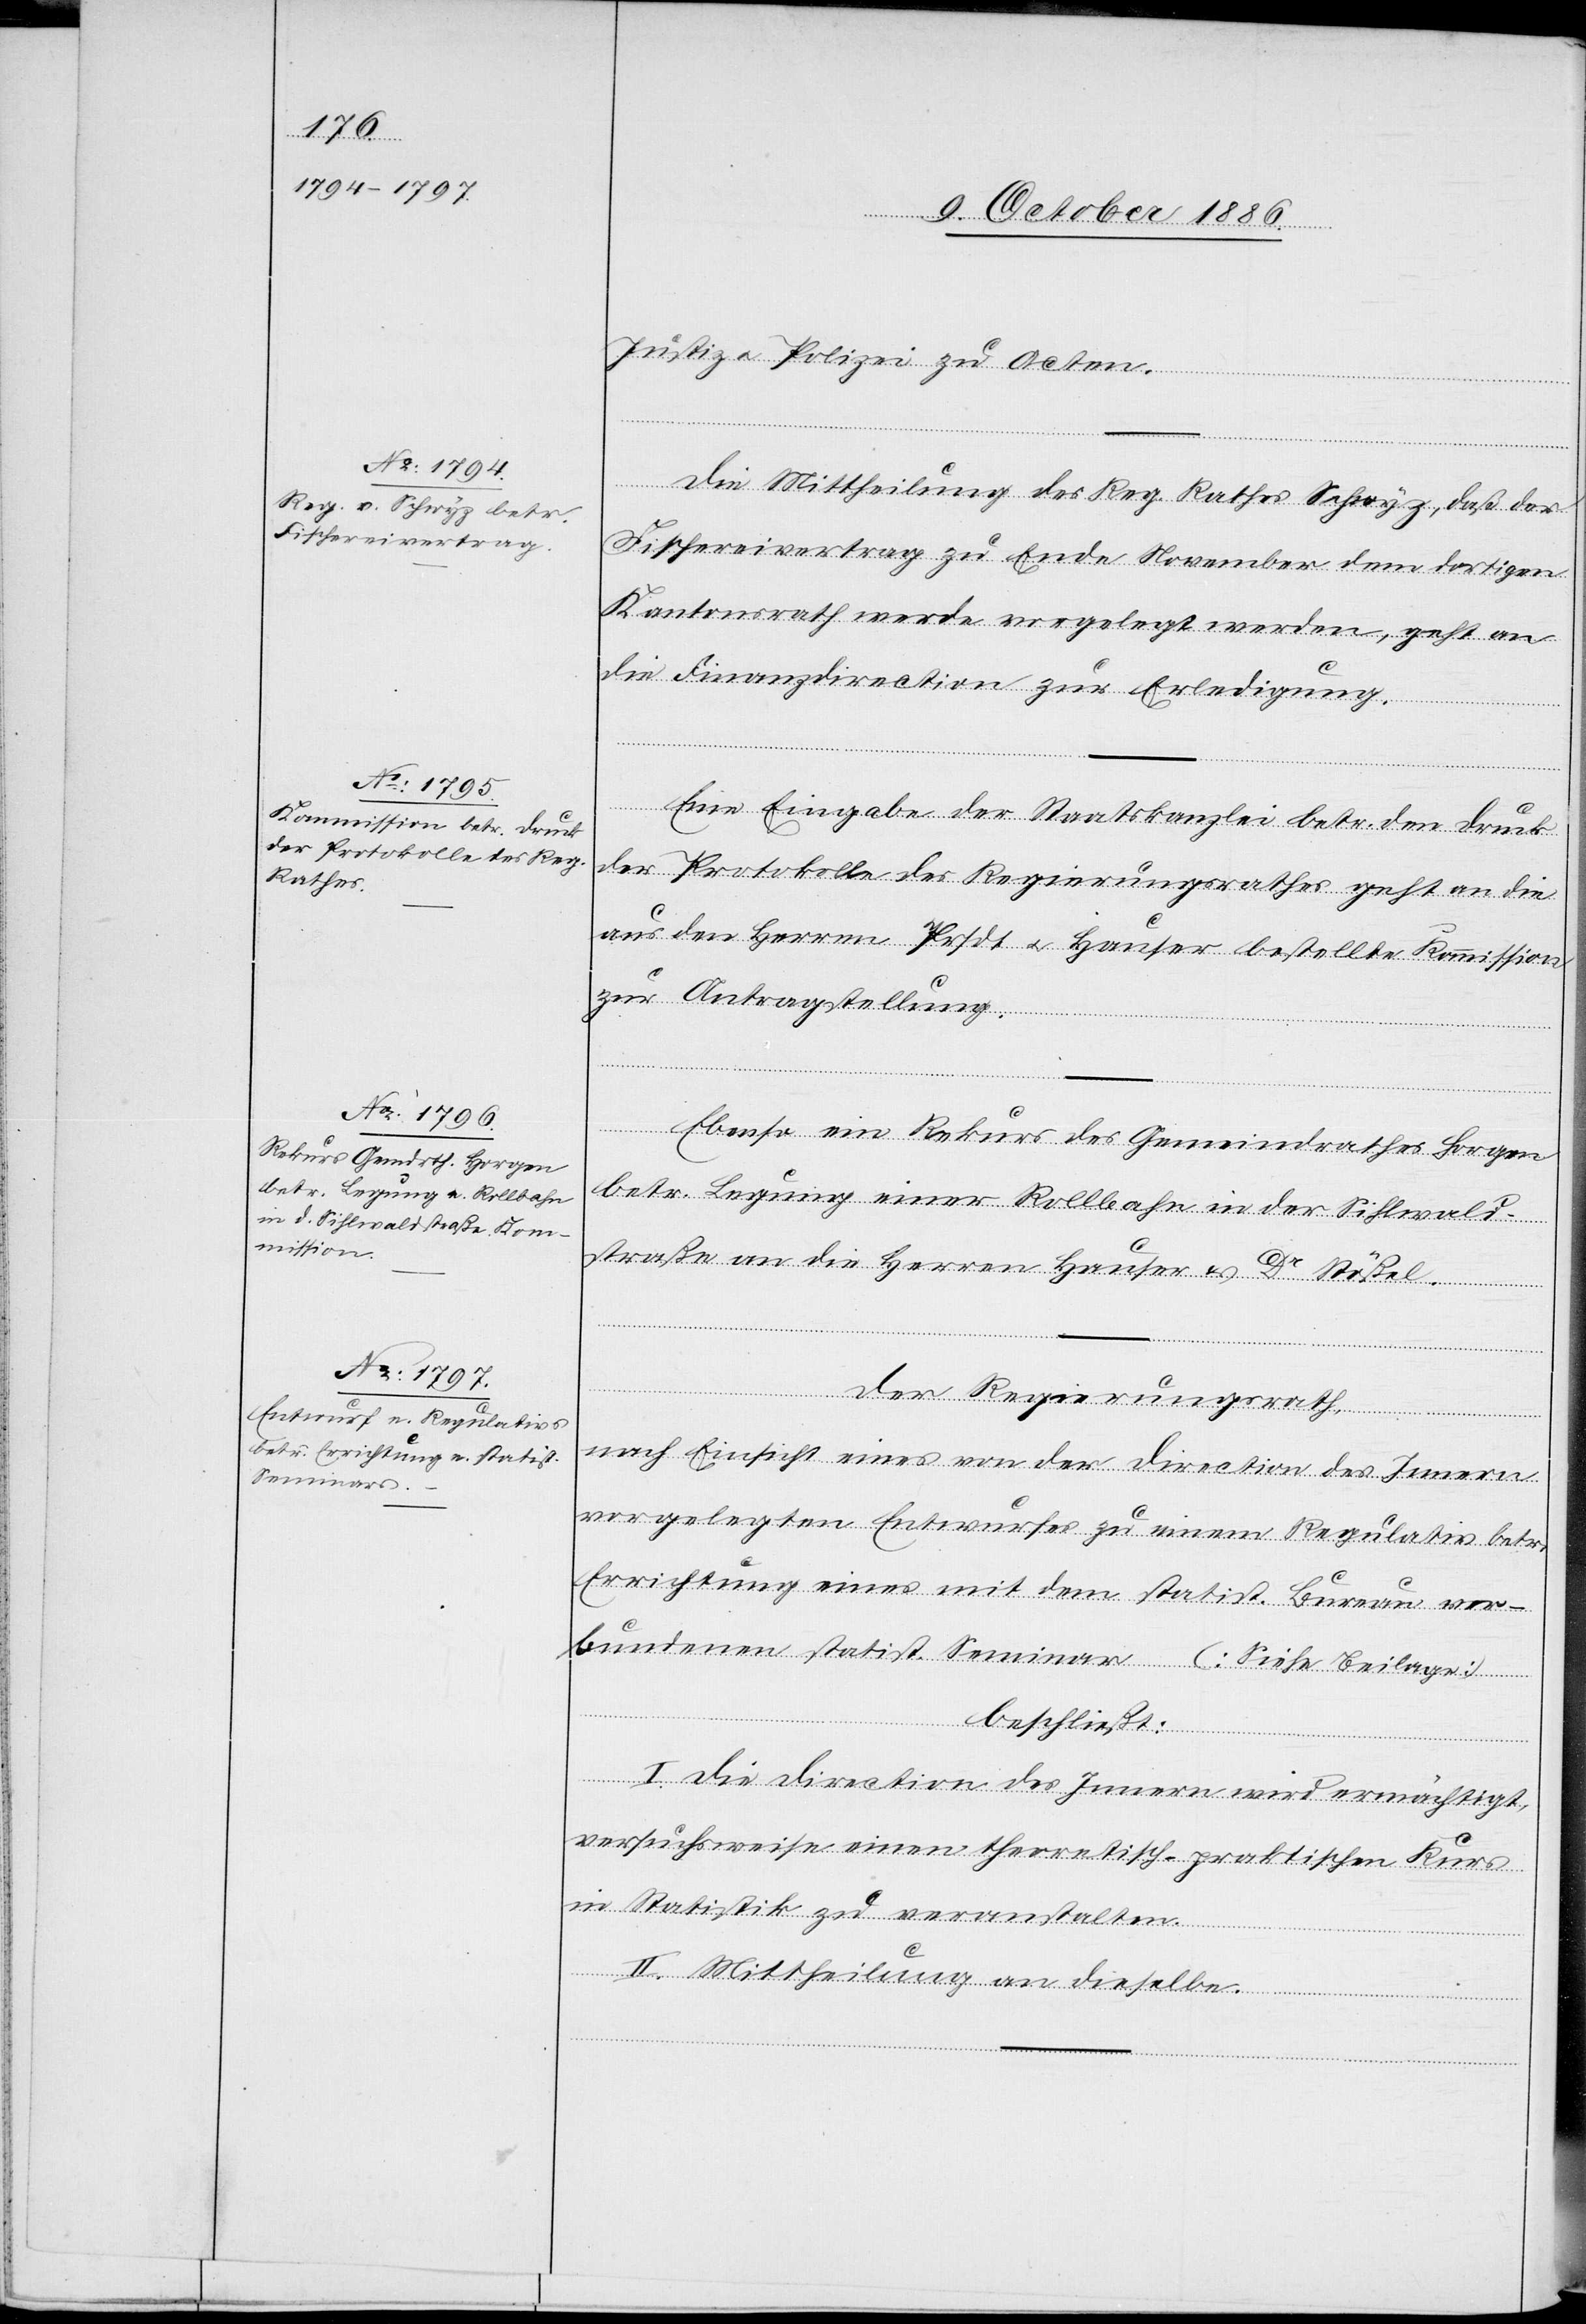
Justiz & Polizei zu Acten.
Die Mittheilung des Reg. Rathes Schwyz, daß der
Fischereivertrag zu Ende November dem dortigen
Kantonsrath werde vorgelegt werden, geht an
die Finanzdirection zur Erledigung.
Eine Eingabe der Staatskanzlei betr. den Druck
der Protokolle des Regierungsrathes geht an die
aus den Herren Prsdt. & Hauser bestellte Kommission
zur Antragstellung.
Ebenso ein Rekurs des Gemeindrathes Horgen
betr. Legung einer Rollbahn in der Sihlwald¬
straße an die Herren Hauser & Dr Stößel.
Der Regierungsrath,
nach Einsicht eines von der Direction des Innern
vorgelegten Entwurfes zu einem Regulativ betr.
Errichtung eines mit dem statist. Bureau ver¬
bundenen statist. Seminar (Siehe Beilage)
[Forts¬
beschließt:
I. Die Direction des Innern wird ermächtigt,
versuchsweise einen theoretisch-praktischen Kurs
in Statistik zu veranstalten.
II. Mittheilung an dieselbe.
etzung